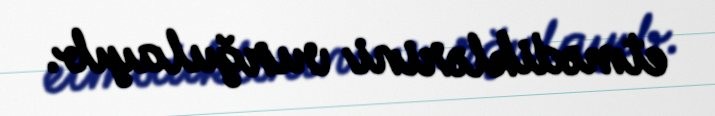
etmədiklərini vurğulayıb.